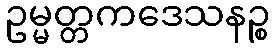
ဥမ္မတ္တကဒေသနဉ္စ